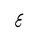
Letter: _ayn